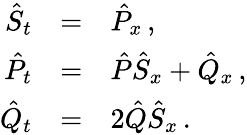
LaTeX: \begin{array}{rcl}{{{\hat{S}}_{t}}}&{{=}}&{{{\hat{P}}_{x}\, ,}}\\ {{{\hat{P}}_{t}}}&{{=}}&{{{\hat{P}}{\hat{S}}_{x}+{\hat{Q}}_{x}\, ,}}\\ {{{\hat{Q}}_{t}}}&{{=}}&{{{2}{\hat{Q}}{\hat{S}}_{x}\, .}}\end{array}